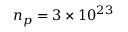
n _ { p } = 3 \times 1 0 ^ { 2 3 }